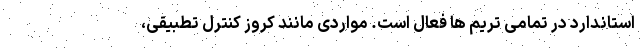
استاندارد در تمامی تریم ها فعال است. مواردی مانند کروز کنترل تطبیقی،